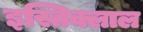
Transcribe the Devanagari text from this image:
इस्तिक्लाल